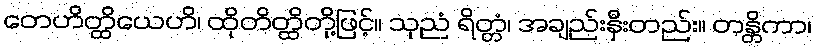
တေဟိတ္ထိယေဟိ၊ ထိုတိတ္ထိတို့ဖြင့်။ သုညံ ရိတ္တံ၊ အချည်းနှီးတည်း။ တန္တိကာ၊